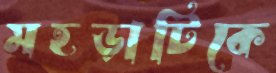
মহড়াটিকে